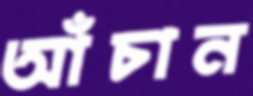
আঁচান